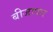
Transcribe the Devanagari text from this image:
बीजापार